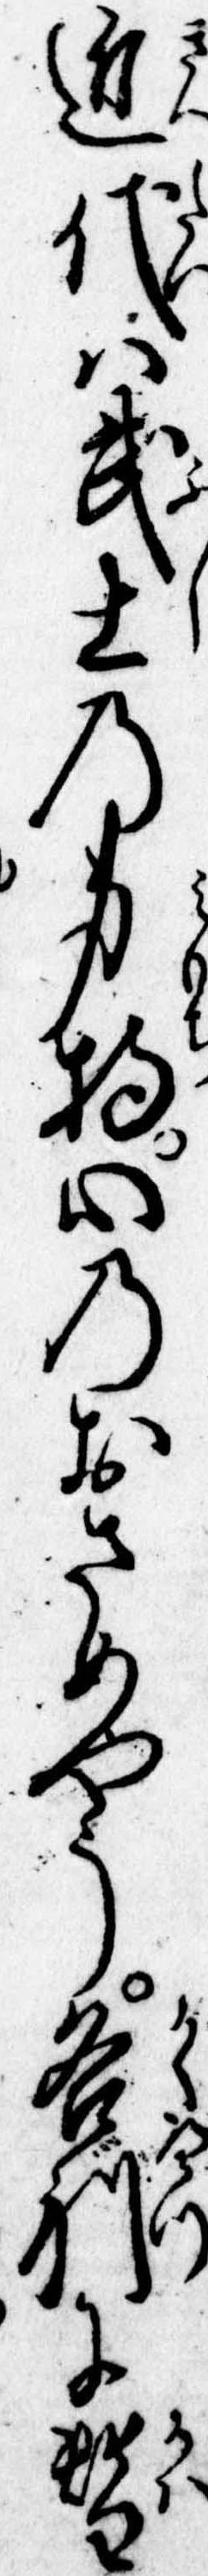
近代は武士の身持心のおさめやう各別に替